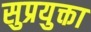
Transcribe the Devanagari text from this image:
सुप्रयुक्ता